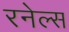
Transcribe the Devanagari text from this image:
रनेल्स